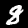
Digit: 8